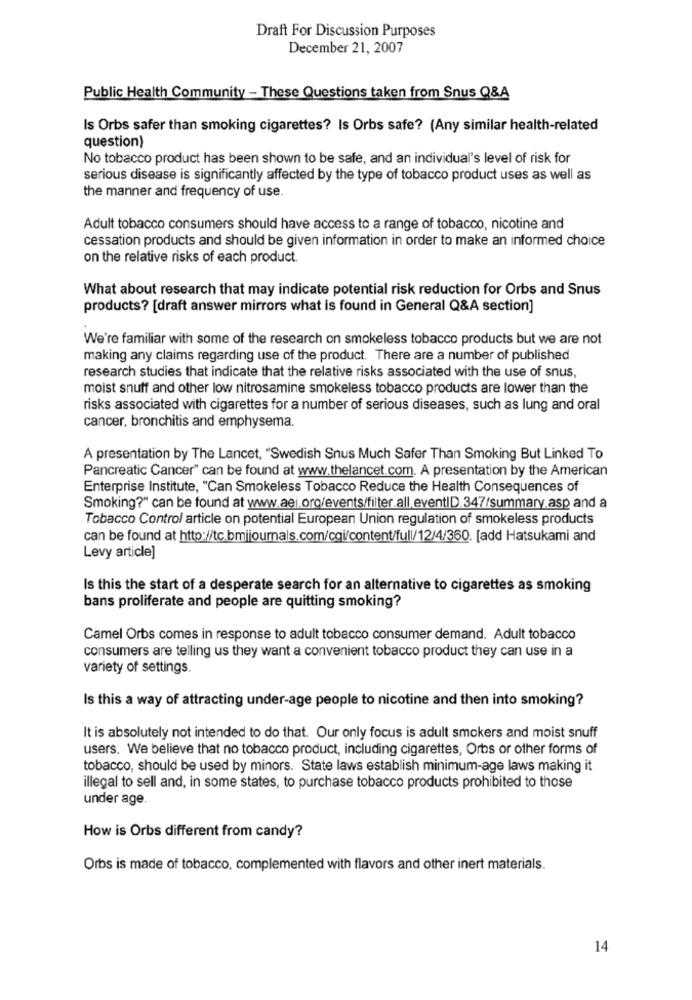
Draft For Discussion Purposes
December 21, 2007
Public Health Community - These Questions taken from Snus Q&A
Is Orbs safer than smoking cigarettes? Is Orbs safe? (Any similar health-related
question)
No tobacco product has been shown to be safe, and an individual's level of risk for
serious disease is significantly affected by the type of tobacco product uses as well as
the manner and frequency of use.
Adult tobacco consumers should have access to a range of tobacco, nicotine and
cessation products and should be given information in order to make an informed choice
on the relative risks of each product.
What about research that may indicate potential risk reduction for Orbs and Snus
products? [draft answer mirrors what is found in General Q&A section]
We're familiar with some of the research on smokeless tobacco products but we are not
making any claims regarding use of the product. There are a number of published
research studies that indicate that the relative risks associated with the use of snus,
moist snuff and other low nitrosamine smokeless tobacco products are lower than the
risks associated with cigarettes for a number of serious diseases, such as lung and oral
cancer, bronchitis and emphysema.
A presentation by The Lancet, "Swedish Snus Much Safer Than Smoking But Linked To
Pancreatic Cancer" can be found at www.thelancet.com. A presentation by the American
Enterprise Institute, "Can Smokeless Tobacco Reduce the Health Consequences of
Smoking?" can be found at www.aei.org/events/filter.all.eventID.347/summary.asp and a
Tobacco Control article on potential European Union regulation of smokeless products
can be found at http://tc.bmjjoumals.com/cgi/content/full/12/4/360. [add Hatsukami and
Levy article]
Is this the start of a desperate search for an alternative to cigarettes as smoking
bans proliferate and people are quitting smoking?
Camel Orbs comes in response to adult tobacco consumer demand. Adult tobacco
consumers are telling us they want a convenient tobacco product they can use in a
variety of settings.
Is this a way of attracting under-age people to nicotine and then into smoking?
It is absolutely not intended to do that. Our only focus is adult smokers and moist snuff
users. We believe that no tobacco product, including cigarettes, Orbs or other forms of
tobacco, should be used by minors. State laws establish minimum-age laws making it
illegal to sell and, in some states, to purchase tobacco products prohibited to those
under age.
How is Orbs different from candy?
Orbs is made of tobacco, complemented with flavors and other inert materials.
14